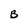
Character: B